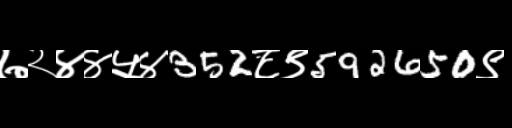
Text: ७२४४५४352८९592650९